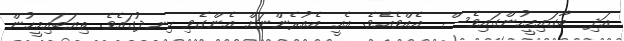
އަދި  ބާގައިމީހުންގައިވެސް  އެއްވެއެވެ. އެއީ އެއުރެންނަށް އެންގެވި ހިނދުގައެވެ. ތިޔަބައިމީހުން